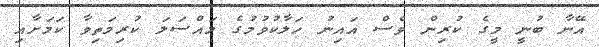
އޭނާ ބުނީ މީގެ ކުރިން ވެސް އައިނު ހަލާކުވުމުގެ މައްސަލަ ކުރިމަތިވާ ކަމަށާއި